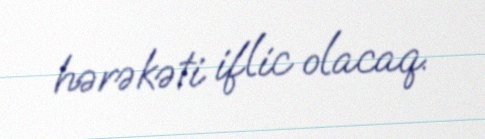
hərəkəti iflic olacaq.